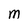
Character: M